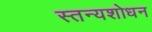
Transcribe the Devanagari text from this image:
स्तन्यशोधन